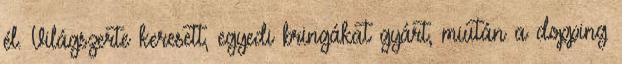
él. Világszerte keresett, egyedi bringákat gyárt, miután a dopping